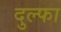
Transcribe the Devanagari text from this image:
दुल्‍फा